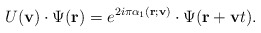
\begin{align*}U({\bf v})\cdot \Psi({\bf r})=e^{2i\pi \alpha_1({\bf r};{\bf v})}\cdot\Psi({\bf r}+{\bf v}t).\end{align*}